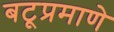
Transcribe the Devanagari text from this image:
बटूप्रमाणे